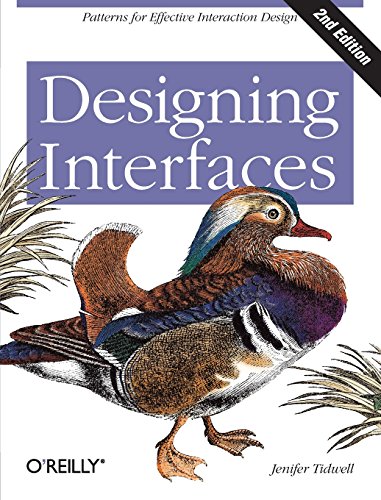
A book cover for Designing Interfaces; Jenifer Tidwell; Computers & Technology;